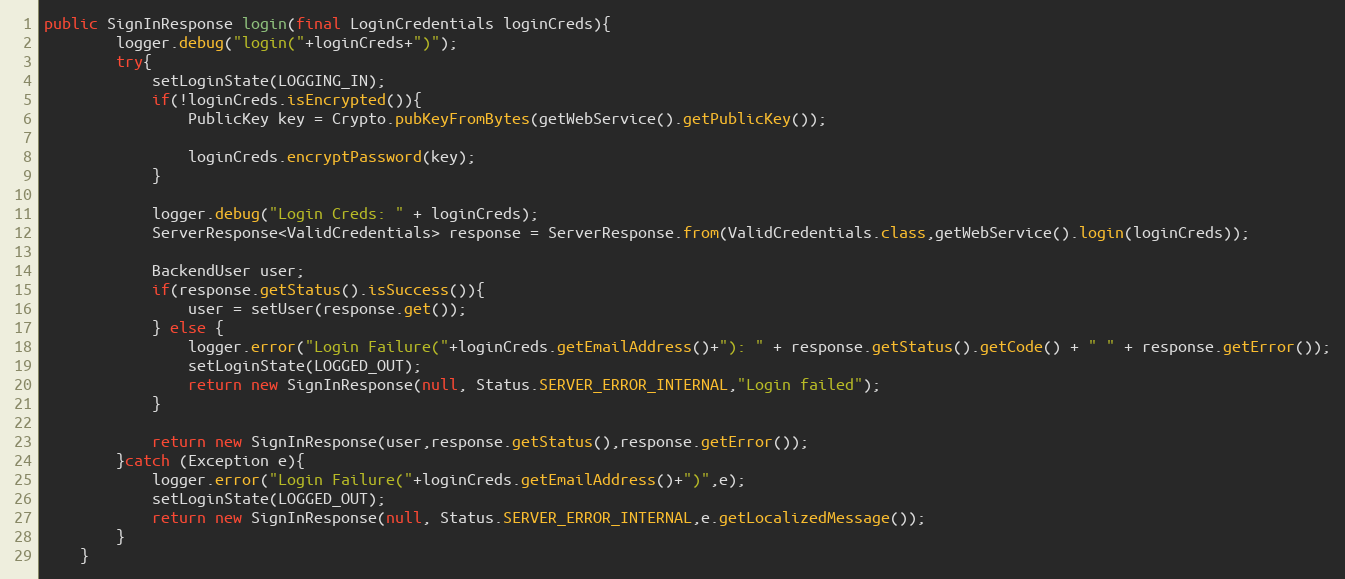
Language: Java
public SignInResponse login(final LoginCredentials loginCreds){
        logger.debug("login("+loginCreds+")");
        try{
            setLoginState(LOGGING_IN);
            if(!loginCreds.isEncrypted()){
                PublicKey key = Crypto.pubKeyFromBytes(getWebService().getPublicKey());

                loginCreds.encryptPassword(key);
            }

            logger.debug("Login Creds: " + loginCreds);
            ServerResponse<ValidCredentials> response = ServerResponse.from(ValidCredentials.class,getWebService().login(loginCreds));

            BackendUser user;
            if(response.getStatus().isSuccess()){
                user = setUser(response.get());
            } else {
                logger.error("Login Failure("+loginCreds.getEmailAddress()+"): " + response.getStatus().getCode() + " " + response.getError());
                setLoginState(LOGGED_OUT);
                return new SignInResponse(null, Status.SERVER_ERROR_INTERNAL,"Login failed");
            }

            return new SignInResponse(user,response.getStatus(),response.getError());
        }catch (Exception e){
            logger.error("Login Failure("+loginCreds.getEmailAddress()+")",e);
            setLoginState(LOGGED_OUT);
            return new SignInResponse(null, Status.SERVER_ERROR_INTERNAL,e.getLocalizedMessage());
        }
    }